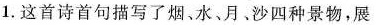
1.这首诗首句描写了烟、水、月﹑沙四种景物，展